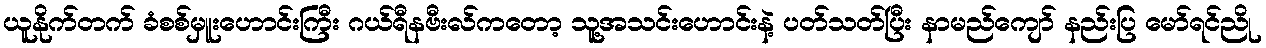
ယူနိုက်တက် ခံစစ်မှူးဟောင်းကြီး ဂယ်ရီနဗီးလ်ကတော့ သူ့အသင်းဟောင်းနဲ့ ပတ်သတ်ပြီး နာမည်ကျော် နည်းပြ မော်ရင်ညို